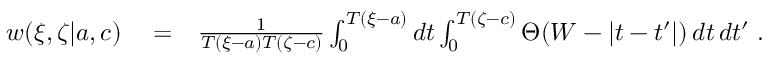
\begin{array} { r l r } { w ( \xi , \zeta | { a } , { c } ) } & { { } = } & { \frac { 1 } { T ( \xi - a ) T ( \zeta - c ) } \int _ { 0 } ^ { T ( \xi - a ) } d t \int _ { 0 } ^ { T ( \zeta - c ) } \Theta ( W - | t - t ^ { \prime } | ) \, d t \, d t ^ { \prime } \; . } \end{array}